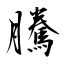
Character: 騰